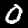
Digit: 0